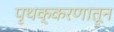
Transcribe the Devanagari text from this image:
पृथक्करणातून